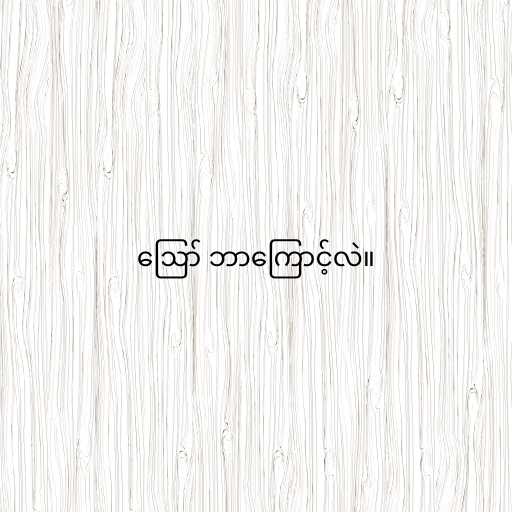
ဪ ဘာကြောင့်လဲ။